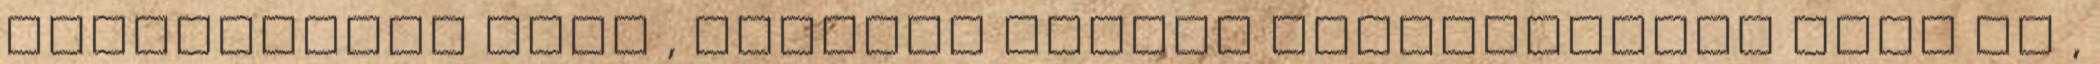
kormányzati erőt , ezáltal minden demokratának igen is ,